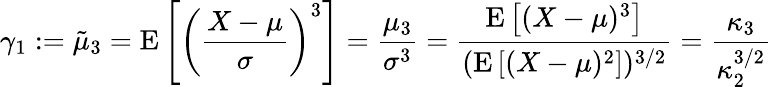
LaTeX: \gamma_{1}:={\tilde{\mu}}_{3}=\operatorname{E}\left[\left({\frac{X-\mu}{\sigma}}\right)^{3}\right]={\frac{\mu_{3}}{\sigma^{3}}}={\frac{\operatorname{E}\left[(X-\mu)^{3}\right]}{(\operatorname{E}\left[(X-\mu)^{2}\right])^{3/2}}}={\frac{\kappa_{3}}{\kappa_{2}^{3/2}}}